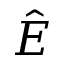
\hat { E }